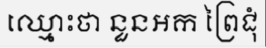
ឈ្មោះថា នួនអក ព្រៃជុំ